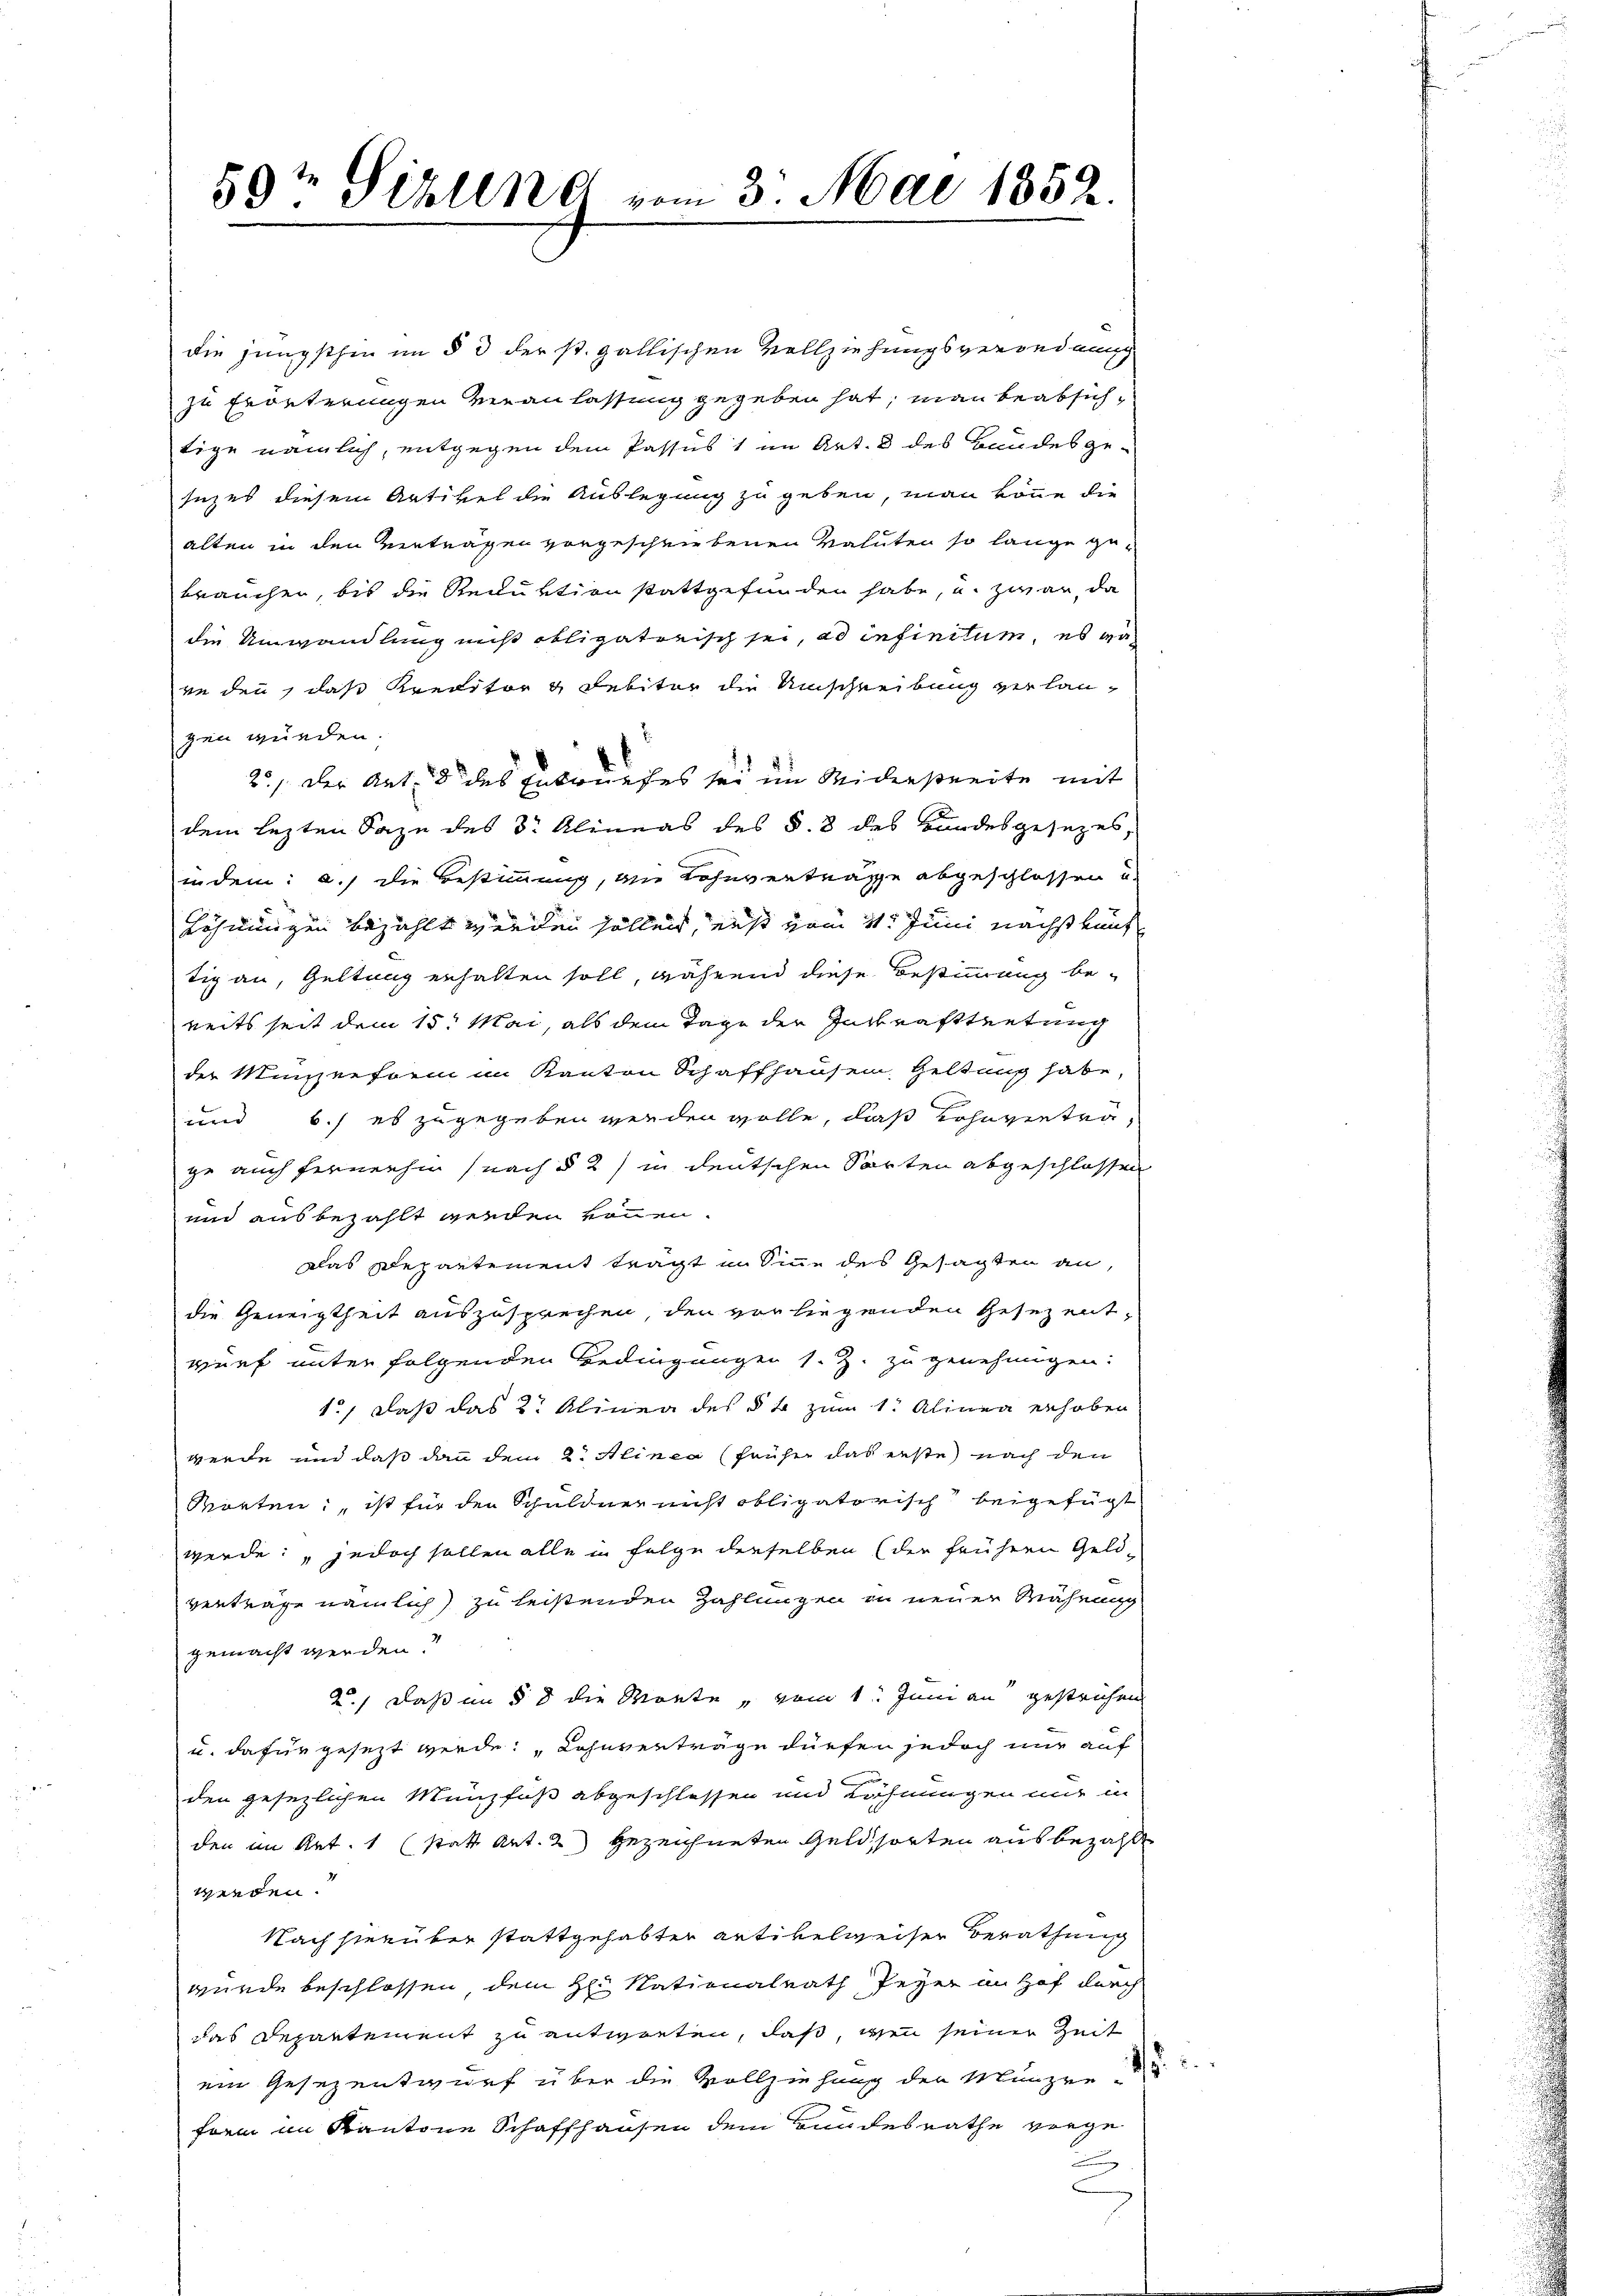
59te Sirlin vom 3. Mai 1852.

die jüngsthin im § 3 der st. gallischen Vollziehungsverordnung
zu Erörterungen veranlassung gegeben hat, man beabsichtige nämlich, entgegen dem Passus 1 im Art. 8 des Bundesgesuches diesem Artikel die Auslegung zu geben, man könne die
alten in den Verträgen vorgeschriebenen Valuten so lange gebrauchen, bis die Reduktion stattgefunden habe, und zwar, da
die Umwandlung mis obligatorisch sei, ad infinitum, es wa
reden, das Kreditor & Sebitor die Umschreibung zur laugen würden.
2./ der Art. 8 des Entwurfes sei im Widerstreite mit
dem lezten Sage des Dr. Alineas des §. 8 des Bundesgesezes,
indem: a.) die Bestimmung, an Lohnverträge abgeschlossen u.
Löhnungen bezahlt werden sollen, erst vom 11. Juni nächstkünf
tig an, Geltung erhalten soll, während diese Bestimmung bereits seit dem 15. Mai, als dem Tage der Inskrafttretung
der Miserform im Kanton Schaffhausen, Geltung habe,
und b.) es zugegeben werden wolle, daß ohnvertrage auch fernehm (nach § 2) in deutschen Sorten abgeschlossen
und ausbezahlt werden können.
Das Departement tragt in Sinne des Gesagten an,
die Geneigtheit auszusprechen, den vorliegenden Gesez entwurf unter folgenden Bedingungen s. Z. zu genehmigen:
1., daß das 2. Alinea des § 4 zum 1. Alinea erhoben
werde und daß dann dem 2. Aliner (früher das erste nach den
Sorten, ist für den Schuldner nicht obligatorisch beigefügt
werde; jedoch sollen alle in Folge derselben (der frühern Geld-
vertrage nämlich zu leistenden Zahlungen in neuer Mahnung
gemacht werden.
2.) Daß im § 8 die Monte, vom 1. Juni an gestrichen
u. dafür gesezt werde: „Lohnverträge dürfen jedoch nur auf
den gesezlichen Münzfuß abgeschlossen und Löhnungen nur in
den im Art. 1 (statt Art. 2) gezeichneten Geldsorten ausbezahlt
werden?
Nach hierüber stattgehabten Artikelweiser Berathung
wurde beschlossen dem H. Nationalrath Peyer an Hof durch
das Departement zu entworten, daß, wenn seiner Zeit
ein Gesezentwurf über die Vollziehung der Münzen
form im Kantone Schaffhausen dem Bundesrathe vorge
.
n

5